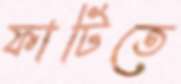
ফাটিতে